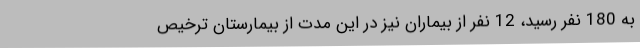
به 180 نفر رسید، 12 نفر از بیماران نیز در این مدت از بیمارستان ترخیص